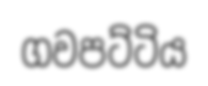
ගවපට්ටිය